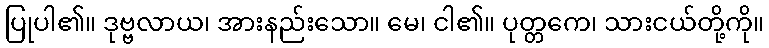
ပြုပါ၏။ ဒုဗ္ဗလာယ၊ အားနည်းသော။ မေ၊ ငါ၏။ ပုတ္တကေ၊ သားငယ်တို့ကို။